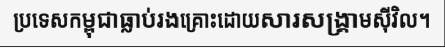
ប្រទេសកម្ពុជាធ្លាប់រងគ្រោះដោយសារសង្គ្រាមស៊ីវិល។